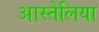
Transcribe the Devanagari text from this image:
आस्तेलिया